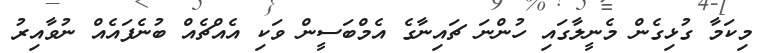
މިކަމާ ގުޅިގެން މެނީލާގައި ހުންނަ ޗައިނާގެ އެމްބަސީން ވަކި އެއްޗެއް ބުނެފައެއް ނުވާއިރު